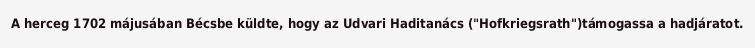
A herceg 1702 májusában Bécsbe küldte, hogy az Udvari Haditanács ("Hofkriegsrath")támogassa a hadjáratot.